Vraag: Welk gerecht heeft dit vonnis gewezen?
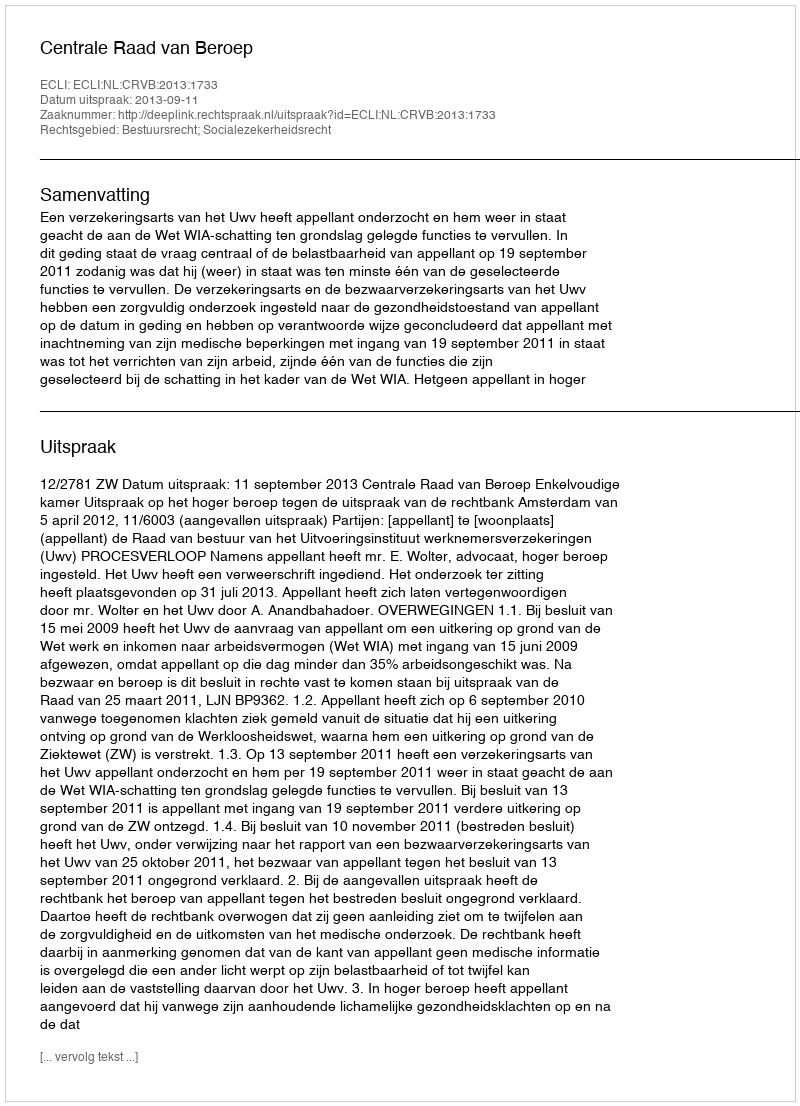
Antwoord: Centrale Raad van Beroep